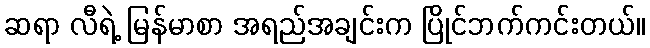
ဆရာ လီရဲ့ မြန်မာစာ အရည်အချင်းက ပြိုင်ဘက်ကင်းတယ်။